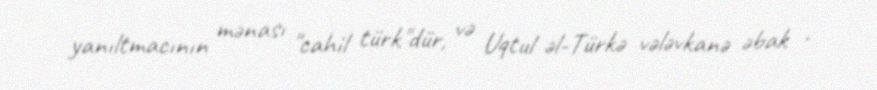
yanıltmacının mənası "cahil türk"dür, və Uqtul əl-Türkə vələvkanə əbak .